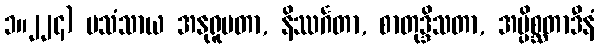
၁။၂၂၄) ပသံသာယ အနုရူပတာ, နိဿင်္ဂတာ, စာတုဒ္ဒိသတာ, အပ္ပိစ္ဆတာဒီနံ